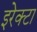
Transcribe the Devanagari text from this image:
इरेक्टा